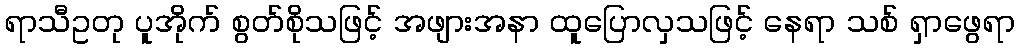
ရာသီဥတု ပူအိုက် စွတ်စိုသဖြင့် အဖျားအနာ ထူပြောလှသဖြင့် နေရာ သစ် ရှာဖွေရာ